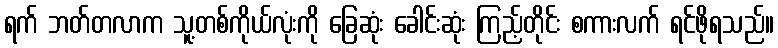
ရက် ဘတ်တလာက သူ့တစ်ကိုယ်လုံးကို ခြေဆုံး ခေါင်းဆုံး ကြည့်တိုင်း စကားလက် ရင်ဖိုရသည်။